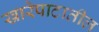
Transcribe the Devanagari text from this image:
खारेपाटातील